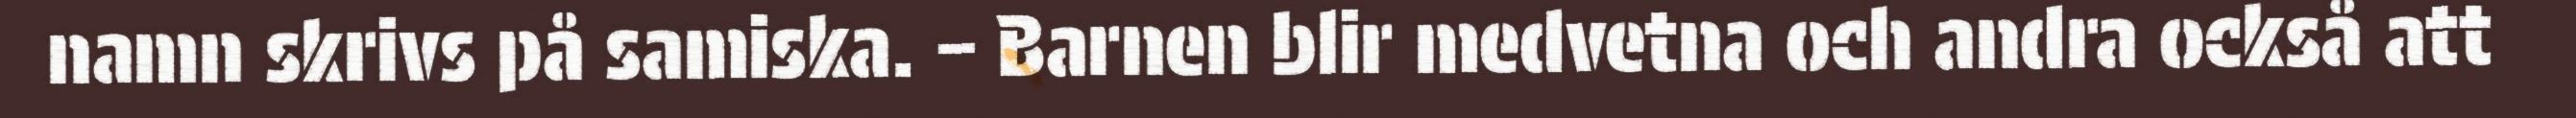
namn skrivs på samiska. – Barnen blir medvetna och andra också att